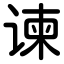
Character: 谏